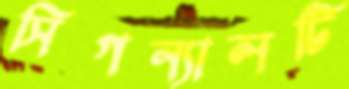
সিগন্যালটি